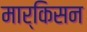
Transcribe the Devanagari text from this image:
मार्किसन